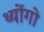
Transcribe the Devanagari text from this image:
थ्योंगो